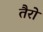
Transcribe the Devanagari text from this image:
तैरो